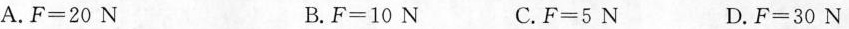
A.F=20N B.F=10N C.F=5N D.F=30N